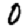
Digit: 0